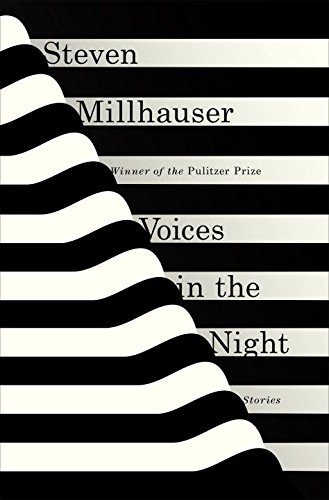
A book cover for Voices in the Night: Stories; Steven Millhauser; Literature & Fiction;